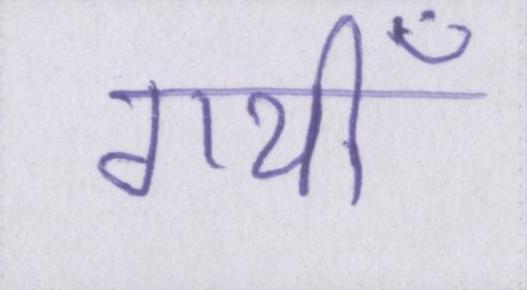
गयीँ